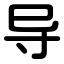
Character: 导